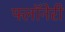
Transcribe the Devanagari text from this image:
फ्लॉनेरी